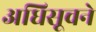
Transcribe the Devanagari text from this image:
अधिसूचने